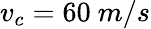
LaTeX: v_{c}=60~m/s